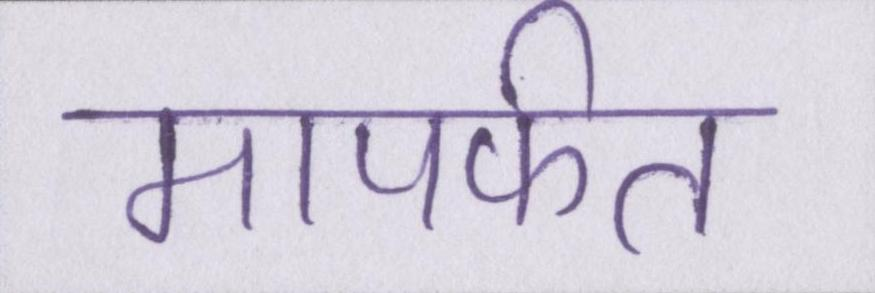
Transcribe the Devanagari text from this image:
मापर्फत